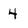
Character: 4